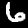
Label: 6